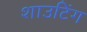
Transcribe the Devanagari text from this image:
शाउटिंग